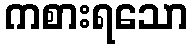
ကစားရသော